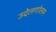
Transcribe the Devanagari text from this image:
उदेलगोलम